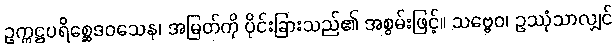
ဥက္ကဋ္ဌပရိစ္ဆေဒဝသေန၊ အမြတ်ကို ပိုင်းခြားသည်၏ အစွမ်းဖြင့်။ သဗ္ဗေဝ၊ ဥဿုံသာလျှင်